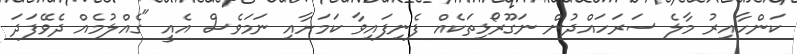
ކަންހާއިރު މާލެ ސަރަހައްދުން ނަގޫރޯޅިތަކެއް ފެނިފައިވާ ކަމަށާއި ނަމަވެސް އެއީ "ގެއްލުމެއް ދެވޭފަދަ